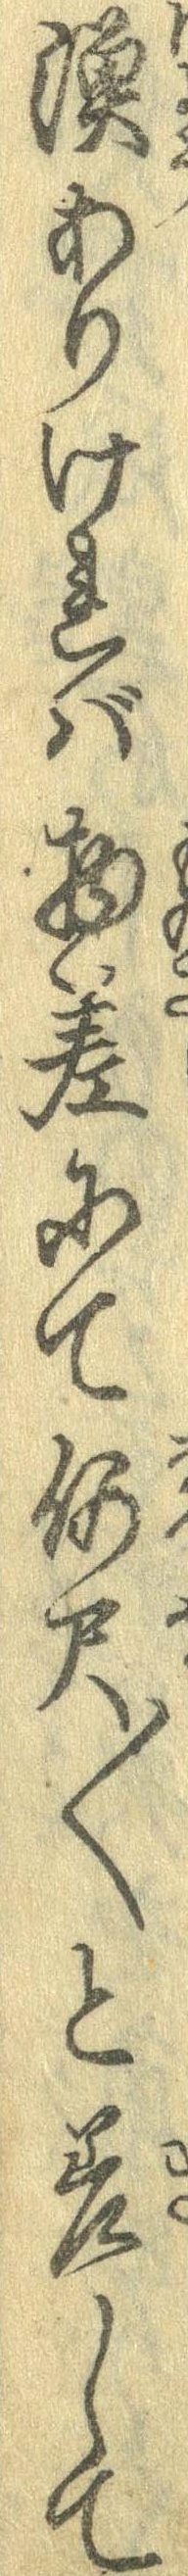
漁ありければ物差にて何尺〱と差して